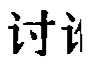
讨 论